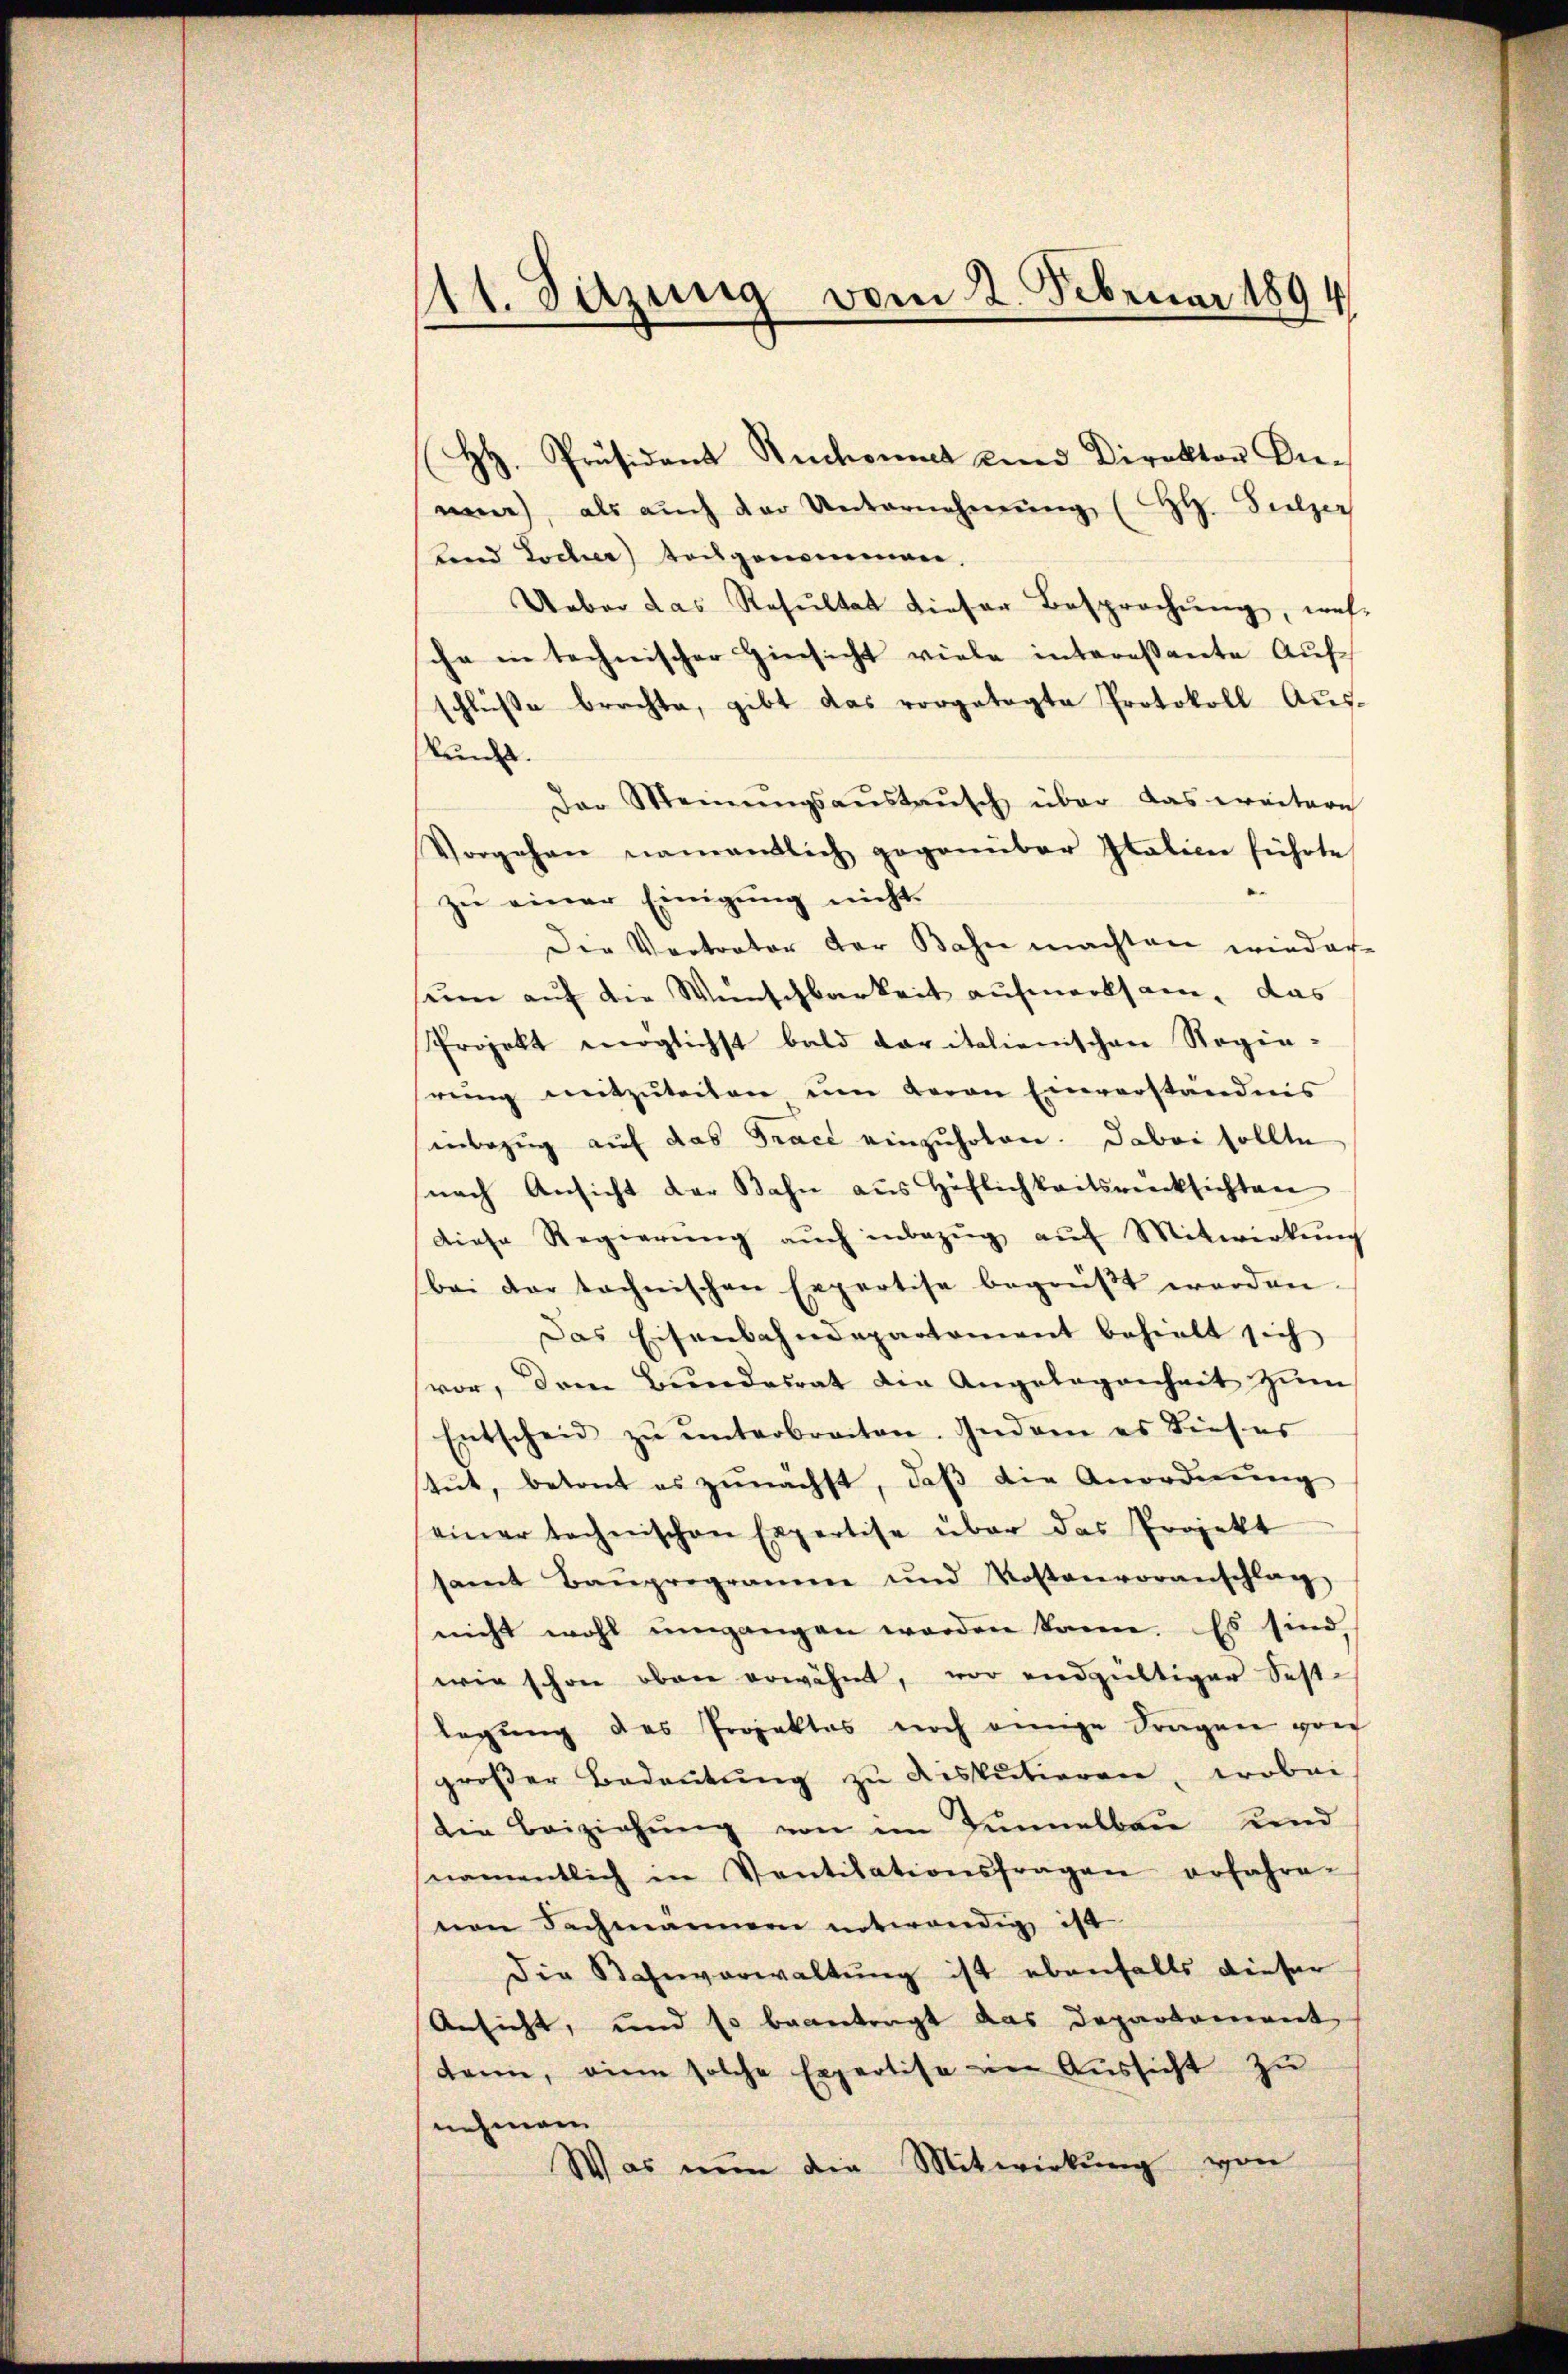
11. Sitzung vom 2. Februar 1894

H. Präsident Ruchont und Direktor Annin), als auch der Unternehmung (H. Sulzer
Land Locher tochgenommen.
Ueber das Resultat dieser Besprochung, wel-
che in technischer Hinsicht viele interessante Auf-
schlüße brachte, gibt das vorgetagte Protokoll Ausun
Der Meinŭngsaŭstaŭsch über das weitere
Vorgehen namentlich gegenüber Italien führte
zŭ einer Einigung nicht
Die Vertrator der Bahn machten wieder
eine auf die Weinschbarkeit aufmerksam, das
Projekt möglichst bald daritalienischen Regie-
reng mitzŭteilen ŭm Baron Einverständnis
inbezug auf das Trace einzuholen. Dabei sollte
nach Ansicht der Bahn aus Höflichkeitsrücksichten
diese Regierŭng aŭch inbezŭg aŭf Mitwirkung
bei der technischen Expertise begrüβt werden
Das Eisenbahndepartement behielt sich
vor, dem Bundesrat die Angelegenheit zŭm
Entscheid zŭ ŭnterbreiten. Indem es dieses
tŭt, betont es zŭnächst, daβ die Anordnŭng
einer technischen Expertise über das Projekt
samt Bauprogramme und Kostenvoranschlag
nicht wohl umgangen worden kann. Es sind,
wie schon oben erwähnt, vor endgültiger Sestlegung des Projektes noch einige Fragen gref
großer Bedeŭtŭng zŭ diskutieren, wobei
die Beiziehŭng von im Tunnelbau und
namentlich in Ventilationsfragen erfahre-
nen Fachmännern entwendig ist
Die Bahnverwaltung ist ebenfalls dieser
Ansicht, und so beantragt das Departoniert
dann, eine solche Expertise im Aussicht zu
nehmen
Was nun die Mitwirkung von